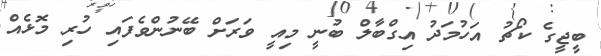
ބީޖީގެ ކޯޗު އަހުމަދު އިގްބާލް ބުނީ މިއީ ވަރަށް ބޭނުންވެފައި ހުރި މޮޅެއް